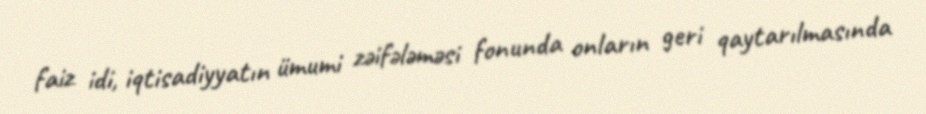
faiz idi, iqtisadiyyatın ümumi zəifələməsi fonunda onların geri qaytarılmasında